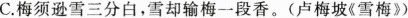
C.梅须逊雪三分白，雪却输梅一段香。(卢梅坡《雪梅》)